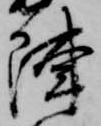
陣